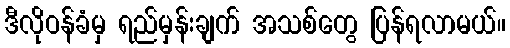
ဒီလိုဝန်ခံမှ ရည်မှန်းချက် အသစ်တွေ ပြန်ရလာမယ်။